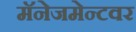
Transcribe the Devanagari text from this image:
मॅनेजमेन्टवर